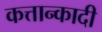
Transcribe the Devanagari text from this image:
कत्तान्कादी